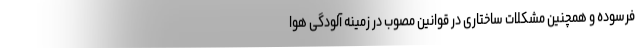
فرسوده و همچنین مشکلات ساختاری در قوانین مصوب در زمینه آلودگی هوا